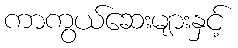
ကာကွယ်ဆေးများနှင့်